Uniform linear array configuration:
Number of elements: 4
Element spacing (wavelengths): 0.75
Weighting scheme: kaiser
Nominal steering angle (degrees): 15
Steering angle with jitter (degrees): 14.894
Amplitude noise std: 0.05
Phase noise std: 0.05

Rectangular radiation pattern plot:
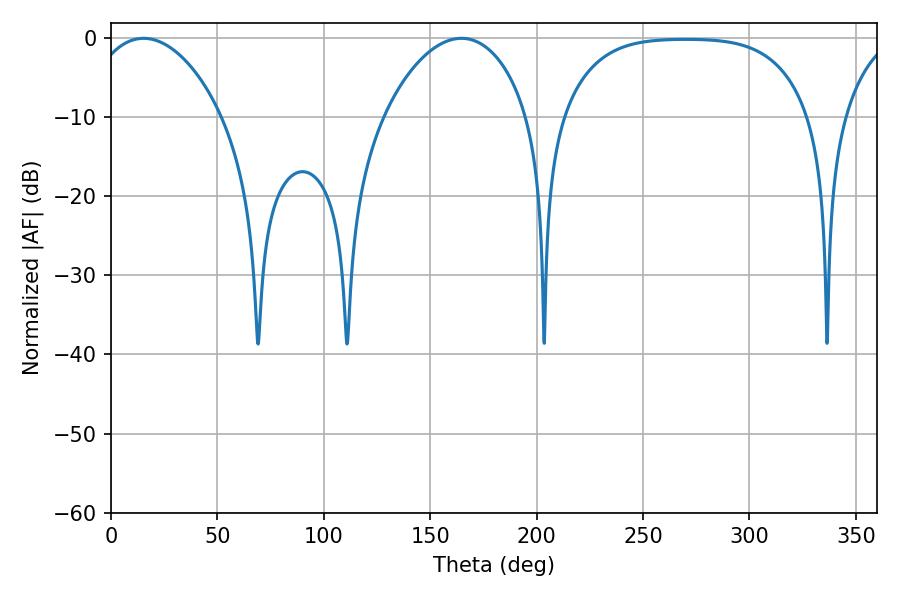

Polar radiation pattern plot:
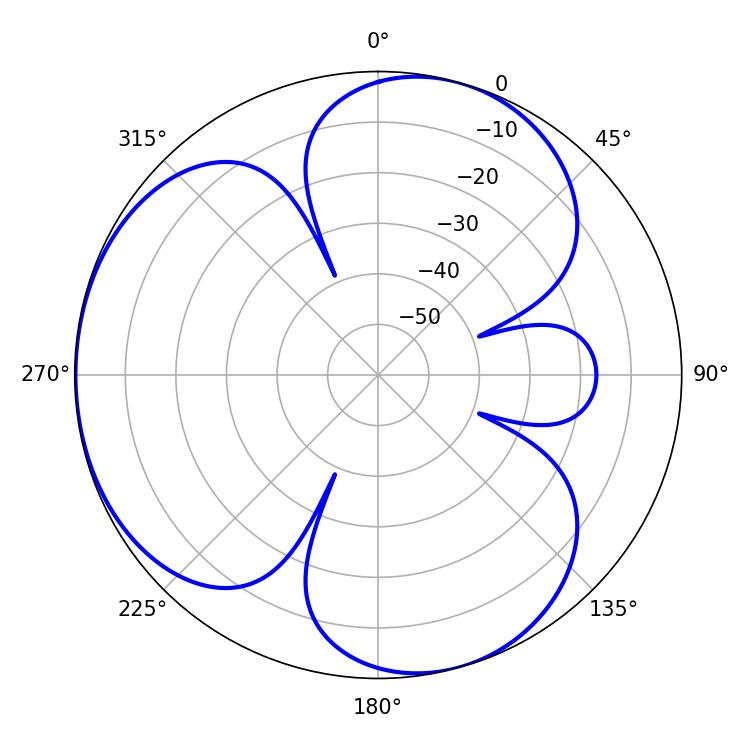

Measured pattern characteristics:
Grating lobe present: TRUE
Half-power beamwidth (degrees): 35.46
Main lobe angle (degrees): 15.3